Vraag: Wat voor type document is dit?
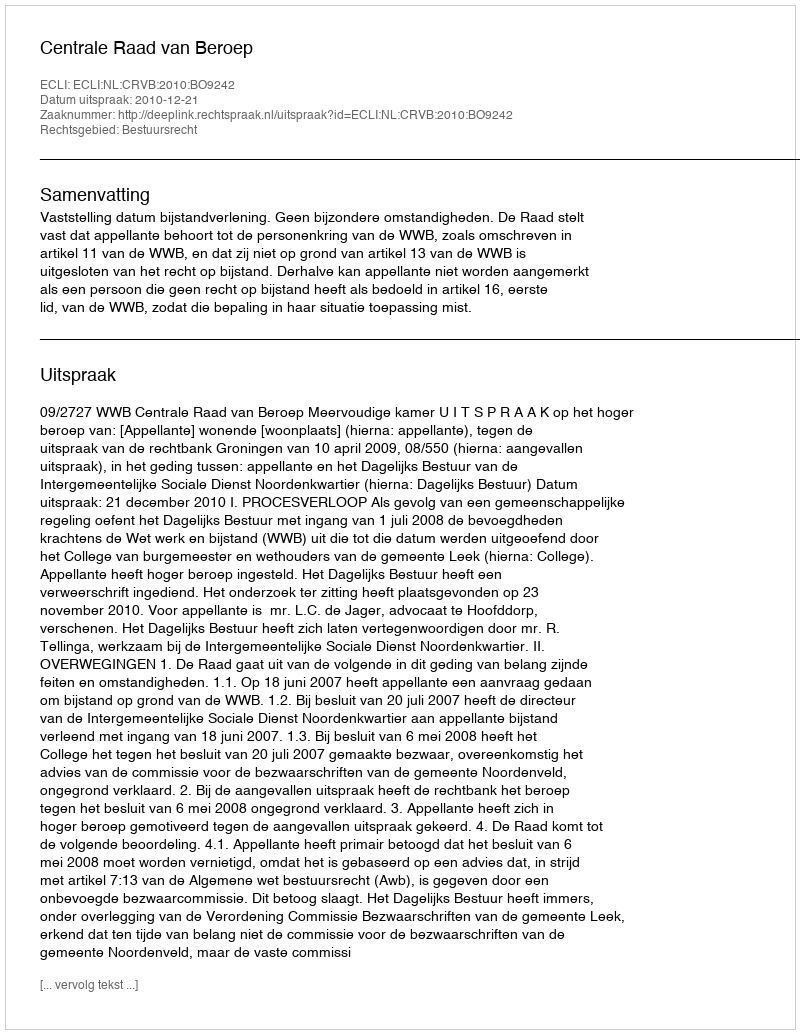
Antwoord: Uitspraak